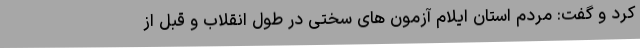
کرد و گفت: مردم استان ایلام آزمون های سختی در طول انقلاب و قبل از